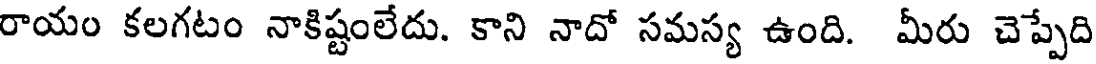
రాయం కలగటం నాకిష్టంలేదు. కాని నాదో సమస్య ఉంది. మీరు చెప్పేది